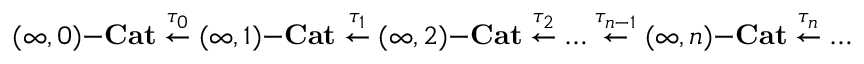
( \infty , 0 ) \mathrm { - } \mathbf { C a t } \overset { \tau _ { 0 } } { \leftarrow } ( \infty , 1 ) \mathrm { - } \mathbf { C a t } \overset { \tau _ { 1 } } { \leftarrow } ( \infty , 2 ) \mathrm { - } \mathbf { C a t } \overset { \tau _ { 2 } } { \leftarrow } \dots \overset { \tau _ { n - 1 } } { \leftarrow } ( \infty , n ) \mathrm { - } \mathbf { C a t } \overset { \tau _ { n } } { \leftarrow } \dots